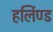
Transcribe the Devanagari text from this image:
हर्लिण्ड